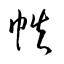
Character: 帙